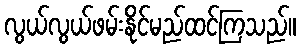
လွယ်လွယ်ဖမ်းနိုင်မည်ထင်ကြသည်။